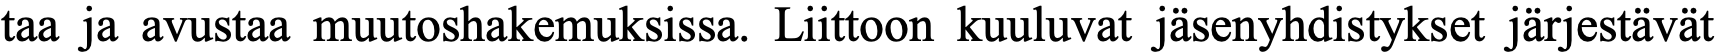
taa ja avustaa muutoshakemuksissa. Liittoon kuuluvat jäsenyhdistykset järjestävät